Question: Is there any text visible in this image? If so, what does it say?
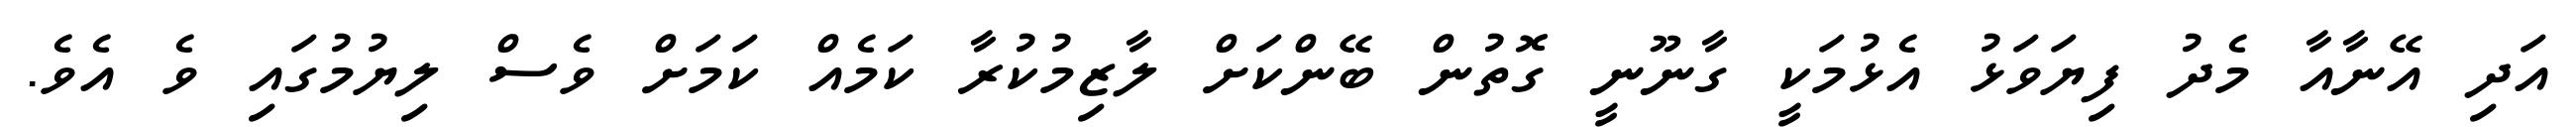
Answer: އަދި އޭނާއާ މެދު ފިޔަވަޅު އެޅުމަކީ ގާނޫނީ ގޮތުން ބޭންކަށް ލާޒިމުކުރާ ކަމެއް ކަމަށް ވެސް ލިޔުމުގައި ވެ އެވެ.